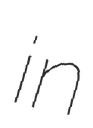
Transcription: in